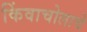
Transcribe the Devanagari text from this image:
किंवाचोलाचे